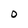
Character: O